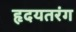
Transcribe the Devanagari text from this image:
हृदयतरंग